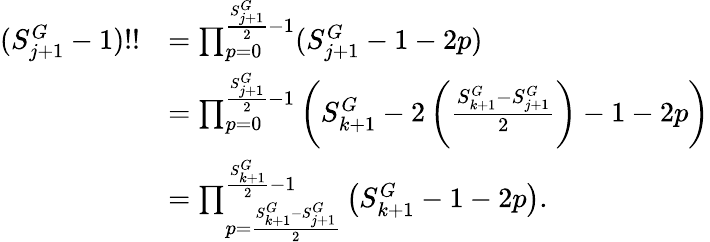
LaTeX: \begin{array}{rl}{(S_{j+1}^{G}-1)!!}&{=\prod_{p=0}^{\frac{S_{j+1}^{G}}{2}-1}(S_{j+1}^{G}-1-2p)}\\ &{=\prod_{p=0}^{\frac{S_{j+1}^{G}}{2}-1}\left(S_{k+1}^{G}-2\left(\frac{S_{k+1}^{G}-S_{j+1}^{G}}{2}\right)-1-2p\right)}\\ &{=\prod_{p=\frac{S_{k+1}^{G}-S_{j+1}^{G}}{2}}^{\frac{S_{k+1}^{G}}{2}-1}\left(S_{k+1}^{G}-1-2p\right).}\end{array}